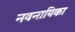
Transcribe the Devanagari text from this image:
नवनायिका